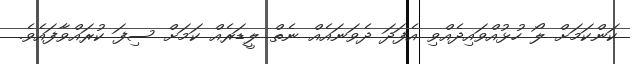
ކަންކަމަށް ލޯ ހުޅުއްވައިދެއްވި އެފަދަ ދެވަނައެއް ނެތް ލީޑަރެއް ކަމަށް ސިފަ ކުރައްވާފައެވެ.